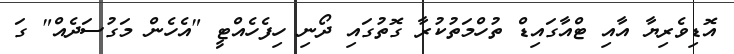
އޮޑިވެރިޔާ އާއި ޓްއާގައިޑް ތުހްމަތުކުރާ ގޮތުގައި ދޯނި ހިފެހެއްޓީ "އެހެން މަގުސަދެއް" ގަ